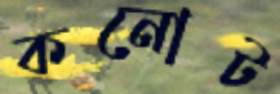
কনোট